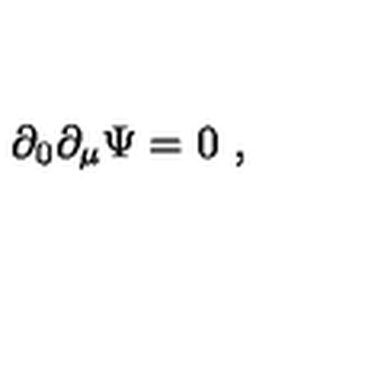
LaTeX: \partial _ { 0 } \partial _ { \mu } \Psi = 0 \ ,